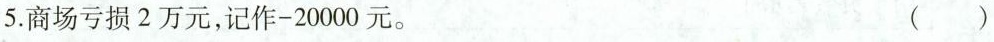
5. 商场亏损2万元，记作-20000元。 ( )